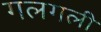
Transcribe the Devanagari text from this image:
गलगली